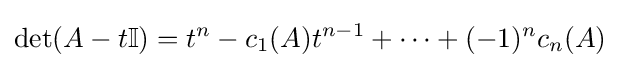
\det(A-t\mathbb {I} )=t^{n}-c_{1}(A)t^{n-1}+\cdots +(-1)^{n}c_{n}(A)